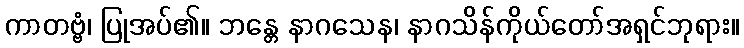
ကာတဗ္ဗံ၊ ပြုအပ်၏။ ဘန္တေ နာဂသေန၊ နာဂသိန်ကိုယ်တော်အရှင်ဘုရား။